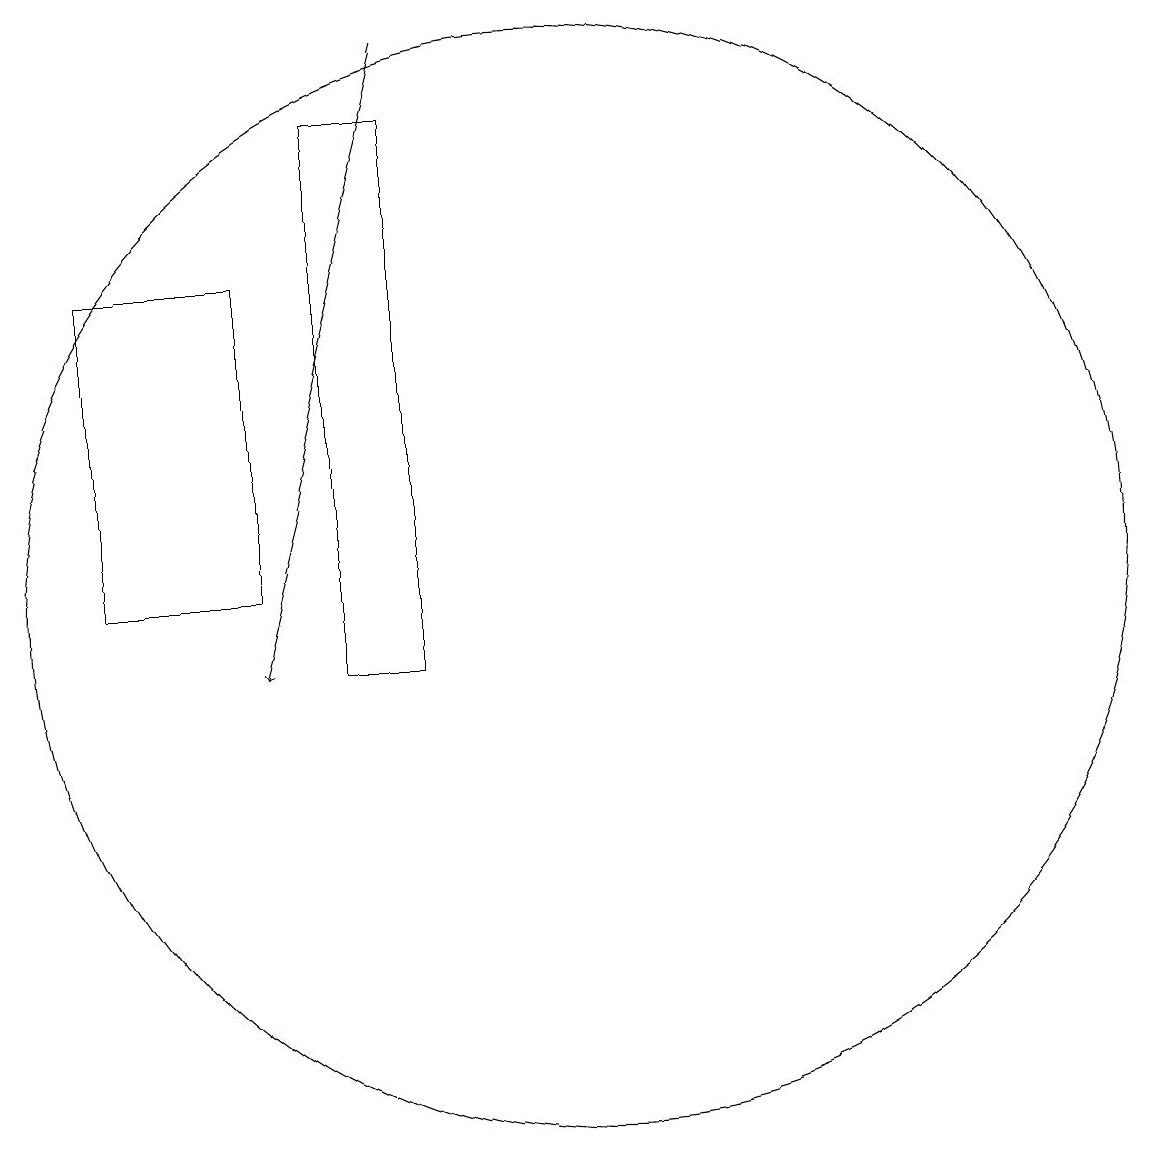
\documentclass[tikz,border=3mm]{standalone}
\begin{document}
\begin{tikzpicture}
\draw (5,11) rectangle (7,15);
\draw[->] (9,18) -- (7,10);
\draw (11,11) circle (7);
\draw (8,10) rectangle (9,17);
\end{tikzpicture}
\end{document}